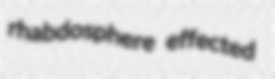
rhabdosphere effected